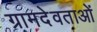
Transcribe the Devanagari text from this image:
ग्रामदेवताओं